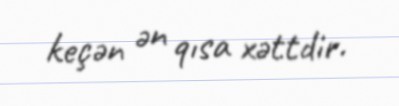
keçən ən qısa xəttdir.